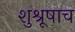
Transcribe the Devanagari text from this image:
शुश्रूषाच